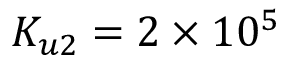
K _ { u 2 } = 2 \times 1 0 ^ { 5 }